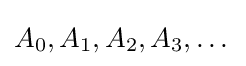
A_{0},A_{1},A_{2},A_{3},\dots